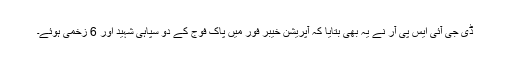
ڈی جی آئی ایس پی آر نے یہ بھی بتایا کہ آپریشن خیبر فور میں پاک فوج کے دو سپاہی شہید اور 6 زخمی ہوئے۔